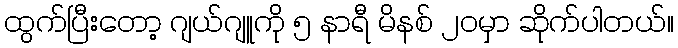
ထွက်ပြီးတော့ ဂျယ်ဂျူကို ၅ နာရီ မိနစ် ၂၀မှာ ဆိုက်ပါတယ်။